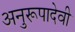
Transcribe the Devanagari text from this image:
अनुरूपादेवी